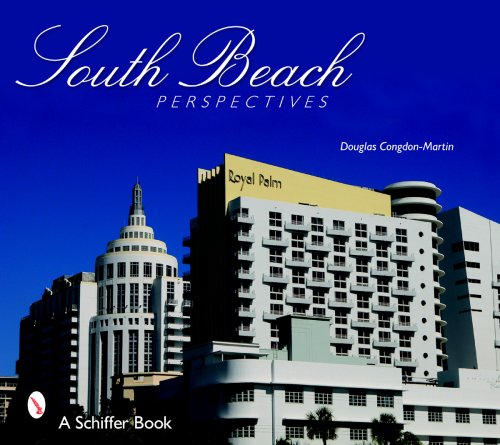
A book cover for South Beach Perspectives; Douglas Congdon-Martin; Travel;